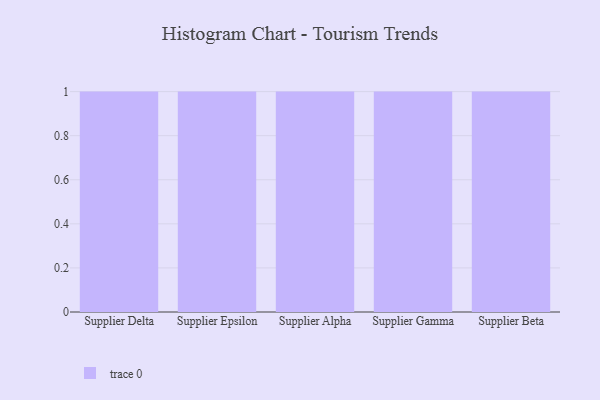
{"axis": {"x": "Supplier", "y": "Population (Million)"}, "legend": [""], "data": [{"x": "Supplier Delta", "y": 8, "type": ""}, {"x": "Supplier Epsilon", "y": 60, "type": ""}, {"x": "Supplier Alpha", "y": 34, "type": ""}, {"x": "Supplier Gamma", "y": 29, "type": ""}, {"x": "Supplier Beta", "y": 92, "type": ""}]}